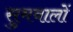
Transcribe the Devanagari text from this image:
सुमवालों